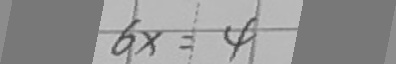
6 x = 4